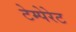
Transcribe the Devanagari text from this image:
टेम्पेरेट